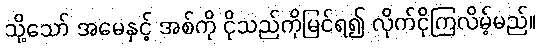
သို့သော် အမေနှင့် အစ်ကို ငိုသည်ကိုမြင်ရ၍ လိုက်ငိုကြလိမ့်မည်။